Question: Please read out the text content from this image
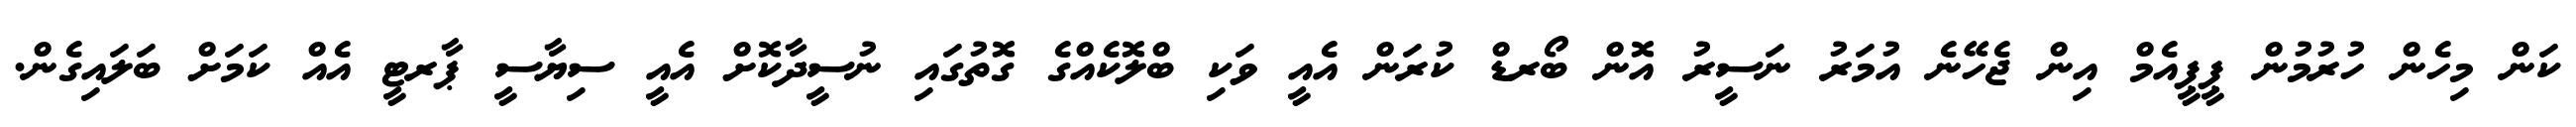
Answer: ކަން މިހެން ހުރުމުން ޕީޕީއެމް އިން ޖެހޭނެ އުމަރު ނަސީރު އޮން ބޯރޑް ކުރަން އެއީ ވަކި ބްލޮކެއްގެ ގޮތުގައި ނުސީދާކޮށް އެއީ ސިޔާސީ ޕާރޓީ އެއް ކަމަށް ބަލައިގެން.